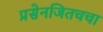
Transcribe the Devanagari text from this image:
प्रसेनजितचचा